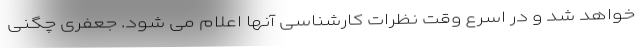
خواهد شد و در اسرع وقت نظرات کارشناسی آنها اعلام می شود. جعفری چگنی